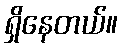
ရှိနေတယ်။